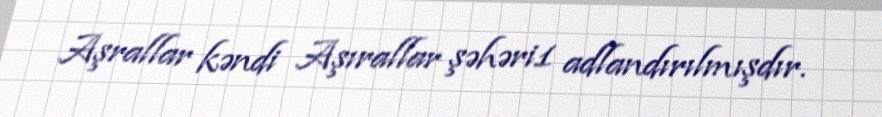
Aşrallar kəndi Aşırallar şəhəri1 adlandırılmışdır.